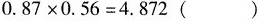
$$0.87\times 0.56=4.872()$$